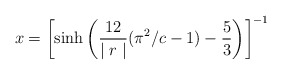
\begin{align*}x= \left[ \sinh \left( \frac{12}{\mid r \mid }(\pi^2/c -1 )- \frac{5}{3} \right) \right] ^{-1}\end{align*}